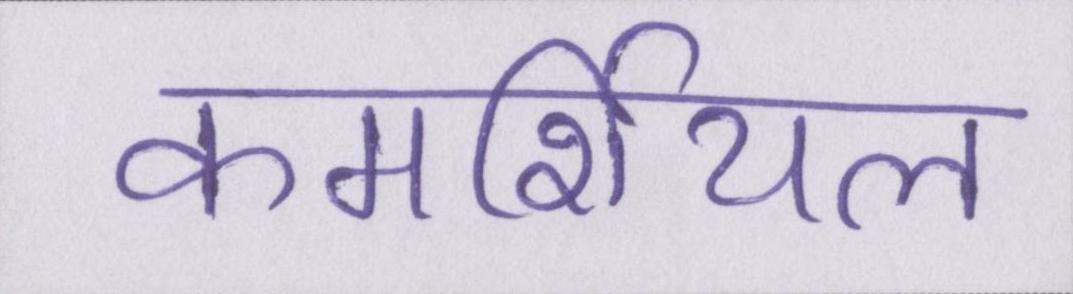
कमर्शियल